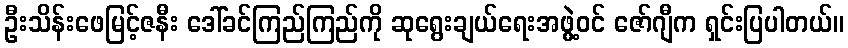
ဦးသိန်းဖေမြင့်ဇနီး ဒေါ်ခင်ကြည်ကြည်ကို ဆုရွေးချယ်ရေးအဖွဲ့ဝင် ဇော်ဂျီက ရှင်းပြပါတယ်။